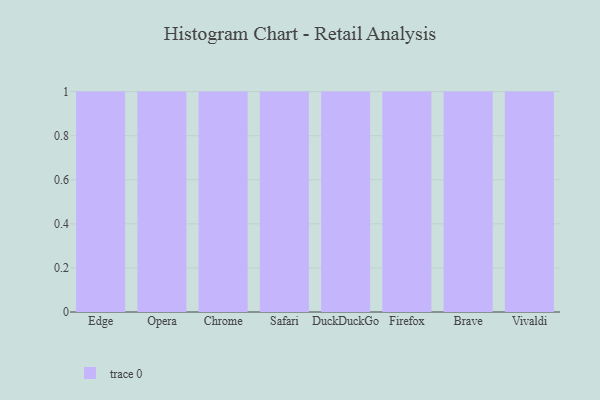
{"axis": {"x": "Browser", "y": "Inventory Turnover"}, "legend": [""], "data": [{"x": "Edge", "y": 29, "type": ""}, {"x": "Opera", "y": 72, "type": ""}, {"x": "Chrome", "y": 67, "type": ""}, {"x": "Safari", "y": 32, "type": ""}, {"x": "DuckDuckGo", "y": 63, "type": ""}, {"x": "Firefox", "y": 41, "type": ""}, {"x": "Brave", "y": 87, "type": ""}, {"x": "Vivaldi", "y": 46, "type": ""}]}